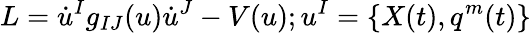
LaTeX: L=\dot{u}^{I}g_{IJ}(u)\dot{u}^{J}-V(u);u^{I}=\{ X(t),q^{m}(t)\}